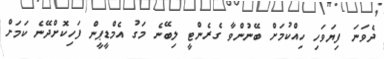
ދެވަނަ ފިޔަވަހި ހިއްކުމަށް ބޭނުންވާ ގެރެންޓީ ލިބޭނެ މަގު އެމްޑީޕީން ފަހިކޮށްދޭނެ ކަމަށް